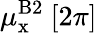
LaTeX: \mu_{\mathrm{x}}^{{\mathrm B}2}~[2\pi]